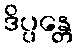
ဒိပ္ပန္တေ